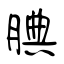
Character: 腆